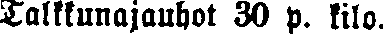
Talkkunajauhot 30 p. kilo.